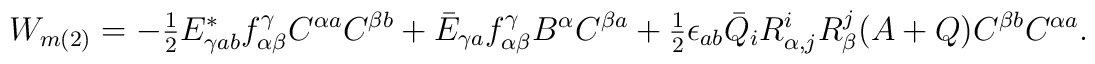
W_{m(2)} = - \hbox{$\frac{1}{2}$} E_{\gamma ab}^* f^\gamma_{\alpha\beta}C^{\alpha a} C^{\beta b} +\bar{E}_{\gamma a} f^\gamma_{\alpha\beta} B^\alpha C^{\beta a} + \hbox{$\frac{1}{2}$} \epsilon_{ab} \bar{Q}_i R^i_{\alpha, j} R^j_\beta(A + Q) C^{\beta b} C^{\alpha a}.